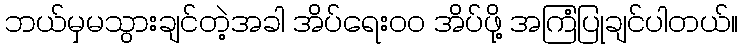
ဘယ်မှမသွားချင်တဲ့အခါ အိပ်ရေးဝဝ အိပ်ဖို့ အကြံပြုချင်ပါတယ်။